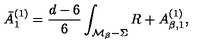
\bar { A } _ { 1 } ^ { ( 1 ) } = { \frac { d - 6 } { 6 } } \int _ { { \cal M } _ { \beta } - \Sigma } R + A _ { \beta , 1 } ^ { ( 1 ) } ,